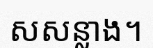
សសន្លាង។